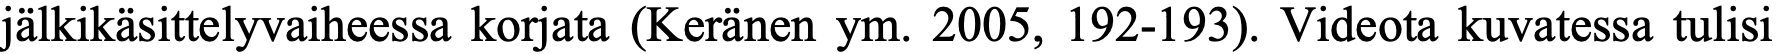
jälkikäsittelyvaiheessa korjata (Keränen ym. 2005, 192-193). Videota kuvatessa tulisi